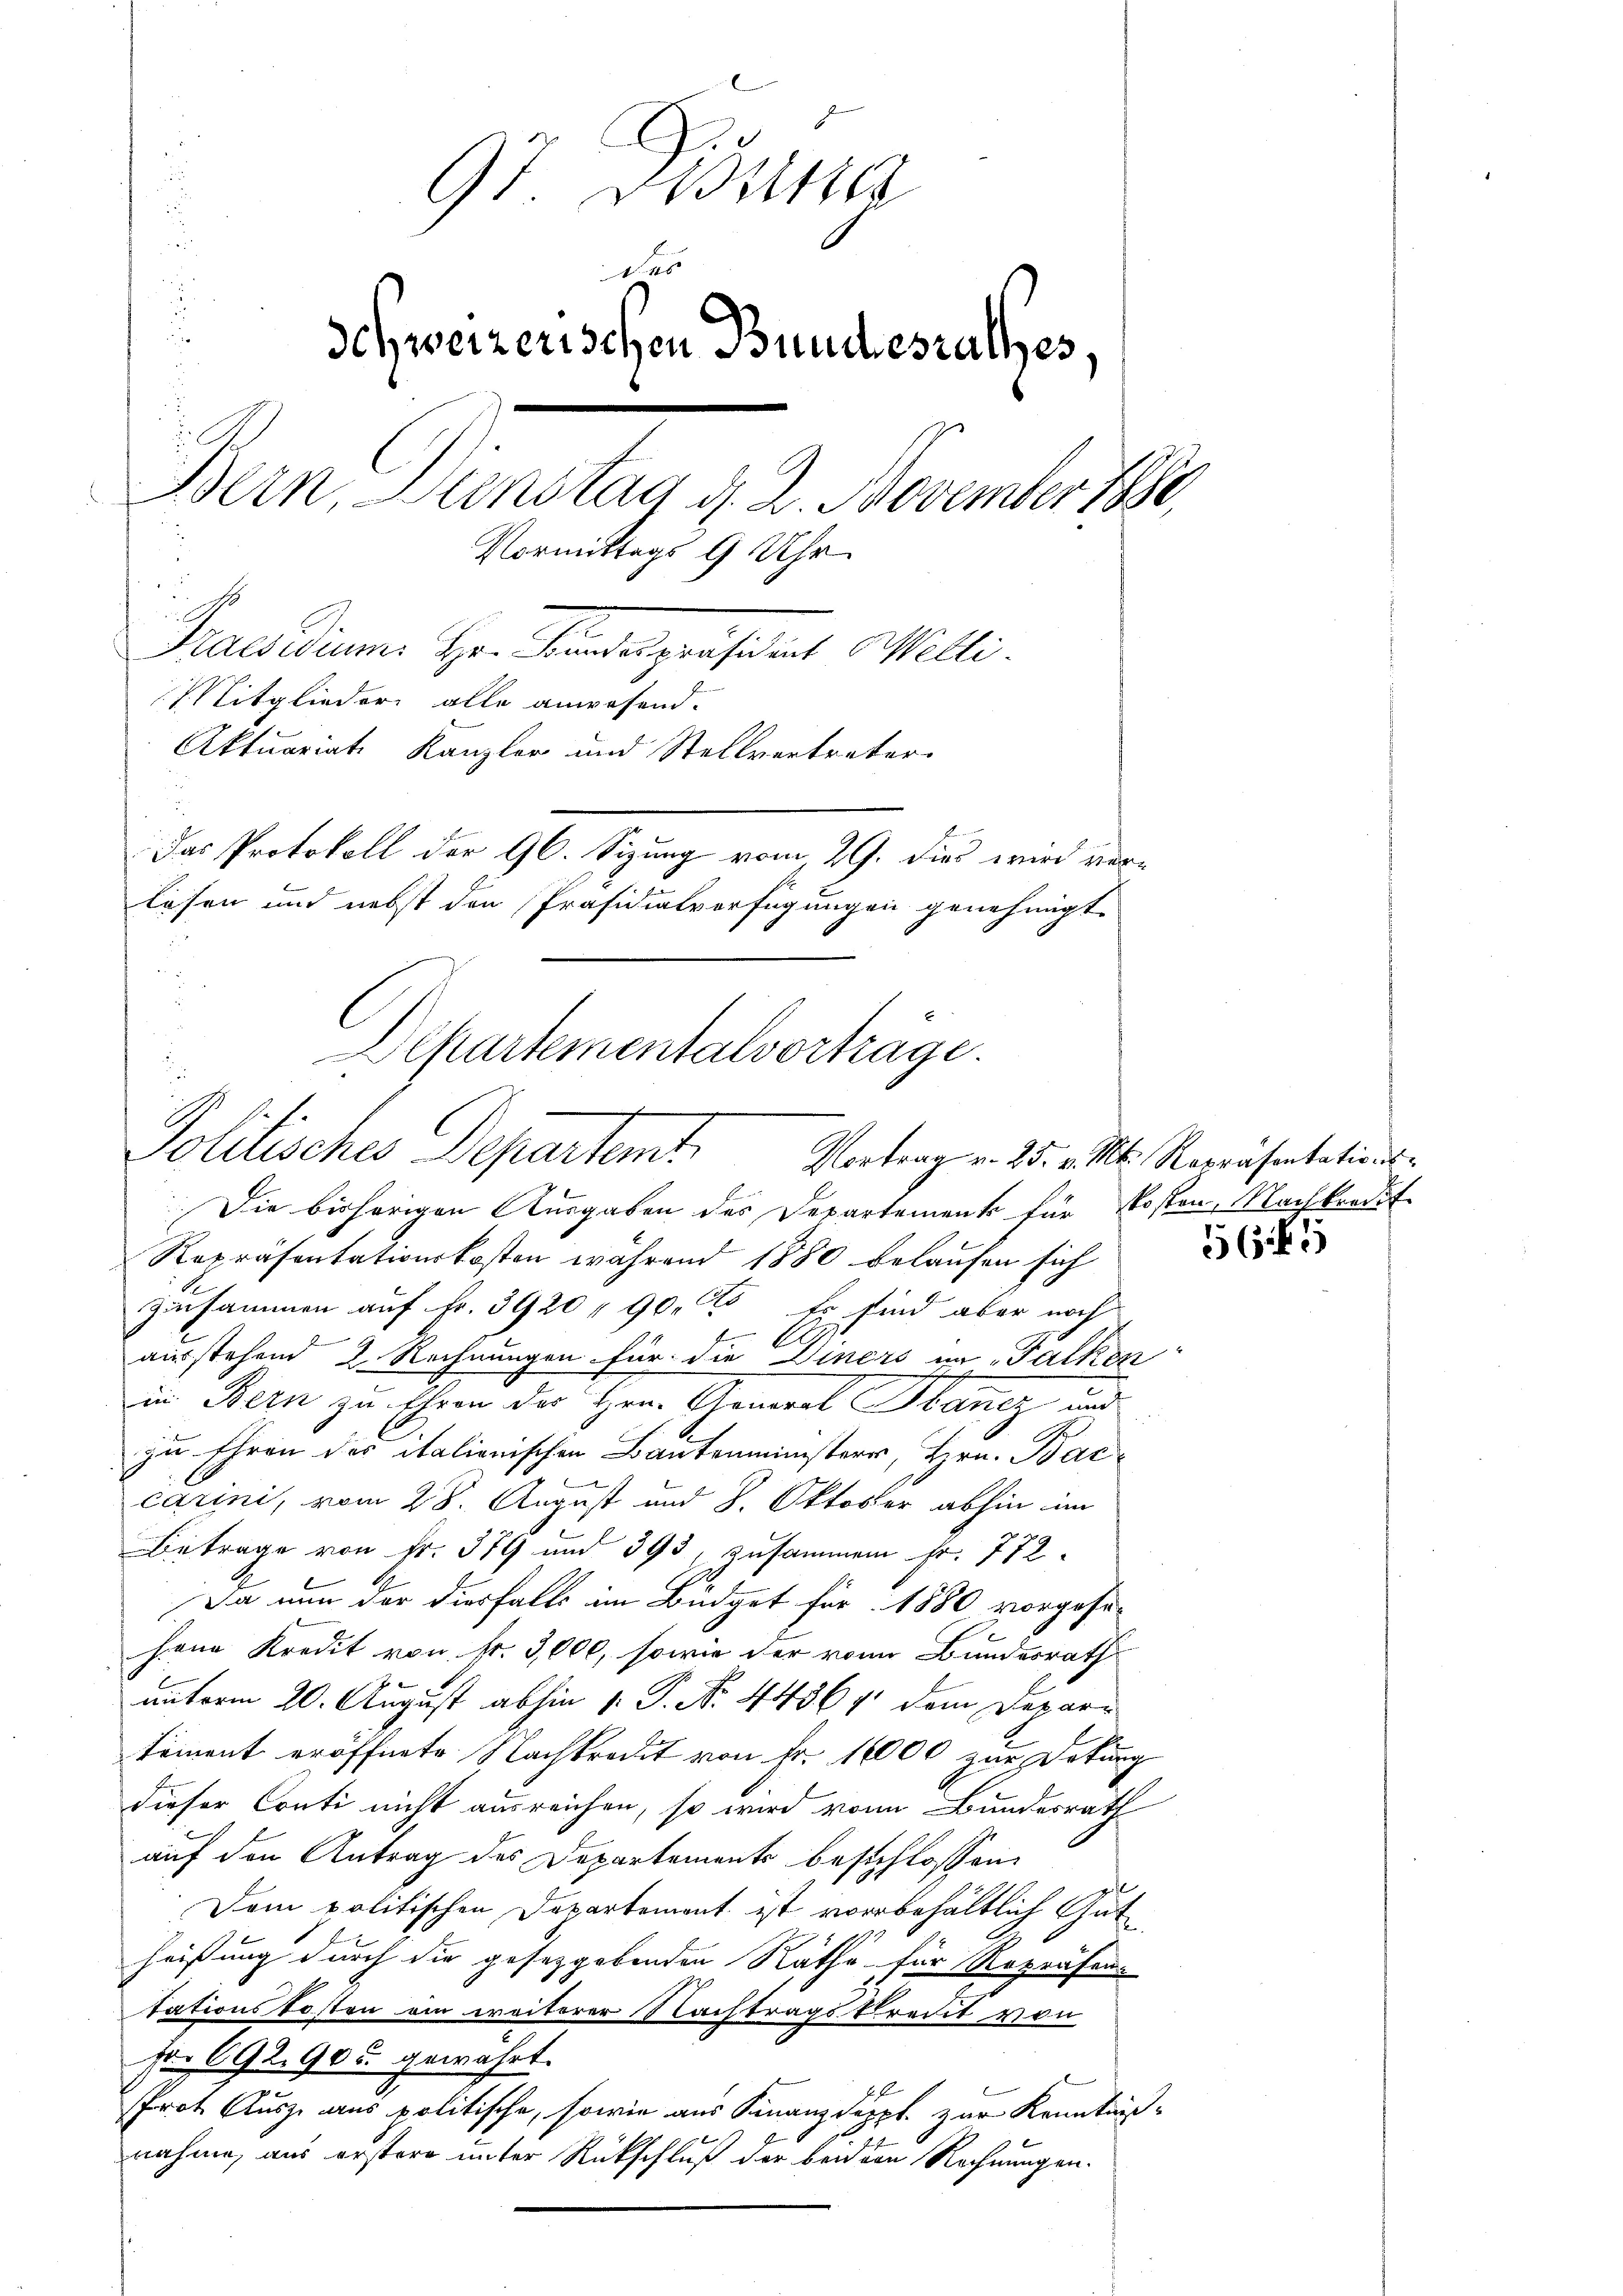
Politisches Departent

97 desstra
d
Ichweizerischen Bundesrathes.
Bern, Dienstag d. 2. November 1880,
Vormittags 9 Uhr.
Praesidium Herr Handespräsident Willi
Mitglieder alle anwesend.
Aktuariate Kanzler und Stellvertreter
Das Protokoll der 96. Sizung vom 29. Dies wird verlosen und nebst den Präsidialverfügungen genehmigt
Departementalvorträge.

Die bisherigen Ausgaben des Departement für Kosten, Nachkredit
Repräsentationskosten während 1880 belaufen sich
Zusammen auf Fr. 3920 90. Er sind aber noch

ausstehend 2 Rechnungen für die Diners im Falken
in Bern zu Ehren der Herr Genant Hancz und
zu Ehren der italionischen Bautenministers, Hrn. Bac
.
carini, vom 28. August und 8. Oktober abhin im
Betrage von Fr. 379 und 393, zusammen Fr. 772.
Da nun der diesfalls im Büdget für 1880 vorgesehena Kredit von Fr. 3,000, sowie der von Bundesrath
unterm 20. August abhin 1. P. Nr. 44364 dem Depari
timent eröffnete Nachtredit von Fr. 10000 zur Dokurg
dieser Conti nicht ausreichen, so wird von Bundesrath
auf den Antrag des Departements beschlossen:
Dem politischen Departement ist vorbehältlich Gutheißung durch die gesetzgebenden Räthe für Repräsen-
tationskosten ein weiterer Nachtragskredit von
for 692,90 gewährt.
Prot. Ausz aus politische, sowie aus Finanzdeppt zur Kenntnißnahme, aus erstere unter Rückschluß der beiden Rechnungen.

Vortrag u. 25. v. Mt. Repräsentations-

565